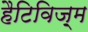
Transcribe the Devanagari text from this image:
हैटिविज़्म